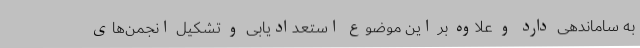
به ساماندهی دارد و علاوه بر این موضوع استعدادیابی و تشکیل انجمن‌های